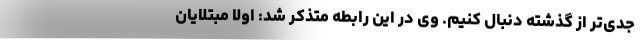
جدی‌تر از گذشته دنبال کنیم. وی در این رابطه متذکر شد: اولا مبتلایان